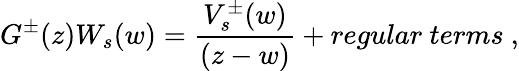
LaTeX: G^{\pm}(z)W_{s}(w)={\frac{V_{s}^{\pm}(w)}{(z-w)}}+regular\ terms\ ,